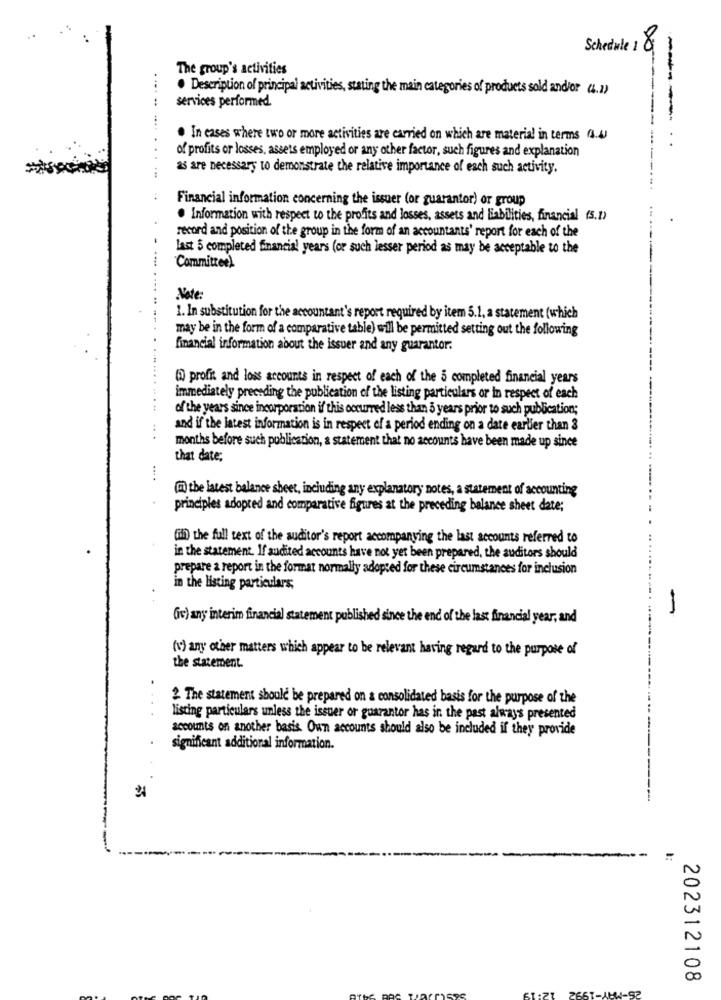
Schedule 1 0
00
The group's activities
· Description of principal activities, stating the main categories of products sold and/or (4.1)
----
... ..
services performed.
....
. In cases where two or more activities are carried on which are material in terms (4.4)
of profits or losses, assets employed or any other factor, such figures and explanation
as are necessary to demonstrate the relative importance of each such activity.
Financial information concerning the issuer (or guarantor) or group
. Information with respect to the profits and losses, assets and Liabilities, financial (5.1)
record and position of the group in the form of an accountants' report for each of the
last 5 completed financial years (or such lesser period as may be acceptable to the
Committee)
Note:
1. In substitution for the accountant's report required by item 5.1, a statement (which
may be in the form of a comparative table) will be permitted setting out the following
financial information about the issuer and any guarantor.
(i) profit and loss accounts in respect of each of the 5 completed financial years
immediately preceding the publication of the listing particulars or in respect of each
of the years since incorporation if this occurred less than 5 years prior to such publication;
and if the latest information is in respect of a period ending on a date earlier than 3
...
months before such publication, a statement that no accounts have been made up since
that date;
(2) the latest balance sheet, including any explanatory notes, a statement of accounting
principles adopted and comparative figures at the preceding balance sheet date;
(ifh) the full text of the auditor's report accompanying the last accounts referred to
in the statement. If audited accounts have not yet been prepared, the auditors should
prepare a report in the format normally adopted for these circumstances for inclusion
in the listing particulars;
(iv) any interim financial statement published since the end of the last financial year, and
(v) any other matters which appear to be relevant having regard to the purpose of
the statement.
.
2 The statement should be prepared on & consolidated basis for the purpose of the
listing particulars unless the issuer or guarantor has in the past always presented
accounts on another basis. Own accounts should also be included if they provide
significant additional information.
------
202312108